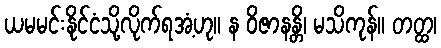
ယမမင်းနိုင်ငံသို့လိုက်ရအံ့ဟု။ န ဝိဇာနန္တိ၊ မသိကုန်။ တတ္ထ၊